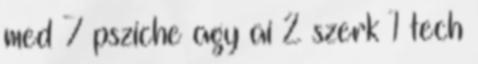
med 7 psziche agy ai 2 szerk 1 tech